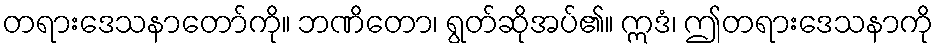
တရားဒေသနာတော်ကို။ ဘဏိတော၊ ရွတ်ဆိုအပ်၏။ ဣဒံ၊ ဤတရားဒေသနာကို